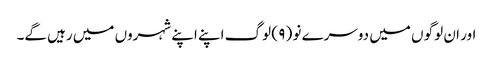
اور ان لوگو ں میں دوسرے نو ( ۹ ) لوگ اپنے اپنے شہروں میں رہیں گے۔